Annual administration report of the Civil Veterinary Department of India - 1897-1898
Year: 1897
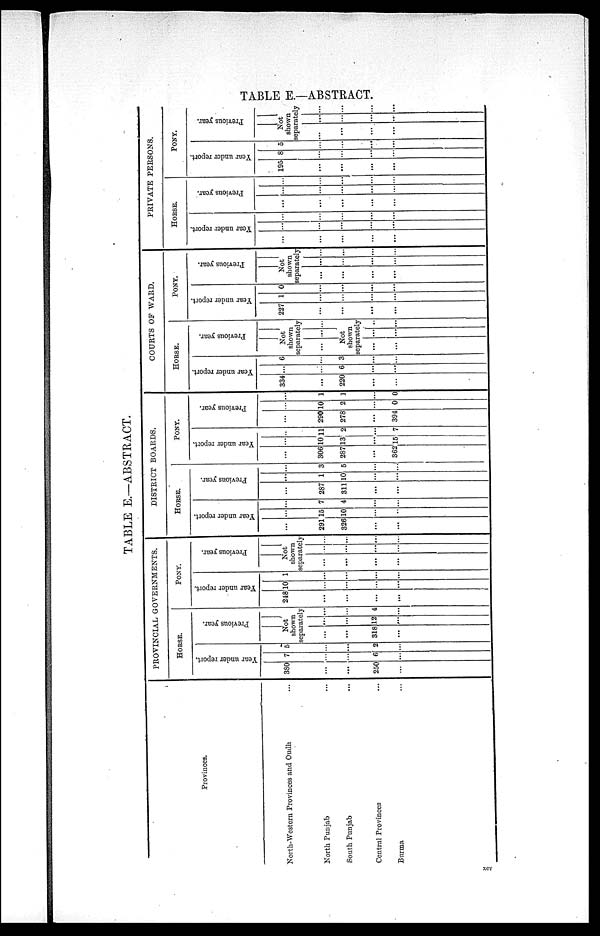
TABLE E.—ABSTRACT.
TABLE E.—ABSTRACT.
Provinces.
North-Western Provinces and Oudh ...
North Punjab ...
South Punjab ...
Central Provinces ...
Burma ...
PROVINCIAL GOVERNMENTS.
HORSE.
Year under report.
380
...
...
250
...
7
...
...
6
...
5
...
...
2
...
Previous year.
Not
shown
separately
...
...
318
...
...
...
12
...
...
...
4
...
PONY.
Year under report.
218
...
...
...
...
10
...
...
...
...
1
...
...
...
...
Previous year.
Not
shown
separately
...
...
...
...
...
...
...
...
...
...
...
...
DISTRICT BOARDS.
HORSE.
Year under report.
...
291
326
...
...
...
15
10
...
...
...
7
4
...
...
Previous year.
...
287
311
...
...
...
1
10
...
...
...
3
5
...
...
PONY.
Year under report.
...
306
287
...
362
...
10
13
...
15
...
11
2
...
7
Previous year.
...
290
278
...
394
...
10
2
...
0
...
1
1
...
0
COURTS OF WARD.
HORSE.
Year under report.
334
...
220
...
...
...
...
6
...
...
6
...
3
...
...
Previous year.
Not
shown
separately
... ... ...
Not
shown
separately
...
...
...
...
...
...
PONY.
Year under report.
227
...
...
...
...
1
...
...
...
...
0
...
...
...
...
Previous year.
Not
shown
separately
...
...
...
...
...
...
...
...
...
...
...
...
PRIVATE PERSONS.
HORSE.
Year under report.
...
...
...
...
...
...
...
...
...
...
...
...
...
...
...
Previous year.
...
...
...
...
...
...
...
...
...
...
...
...
...
...
...
PONY.
Year under report.
195
...
...
...
...
8
...
...
...
...
5
...
...
...
...
Previous year.
Not
shown
separately
...
...
...
...
...
...
...
...
...
...
...
...